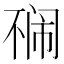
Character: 𱍡